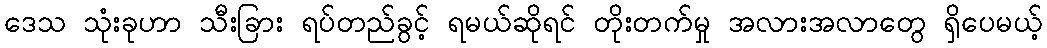
ဒေသ သုံးခုဟာ သီးခြား ရပ်တည်ခွင့် ရမယ်ဆိုရင် တိုးတက်မှု အလားအလာတွေ ရှိပေမယ့်